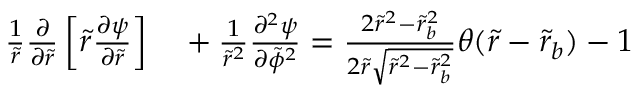
\begin{array} { r l } { \frac { 1 } { \tilde { r } } \frac { \partial } { \partial \tilde { r } } \left[ \tilde { r } \frac { \partial \psi } { \partial \tilde { r } } \right] } & { { } + \frac { 1 } { \tilde { r } ^ { 2 } } \frac { \partial ^ { 2 } \psi } { \partial \tilde { \phi } ^ { 2 } } = \frac { 2 \tilde { r } ^ { 2 } - \tilde { r } _ { b } ^ { 2 } } { 2 \tilde { r } \sqrt { \tilde { r } ^ { 2 } - \tilde { r } _ { b } ^ { 2 } } } \theta ( \tilde { r } - \tilde { r } _ { b } ) - 1 } \end{array}